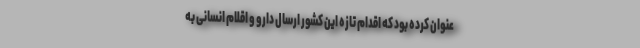
عنوان کرده بود که اقدام تازه این کشور ارسال دارو و اقلام انسانی به